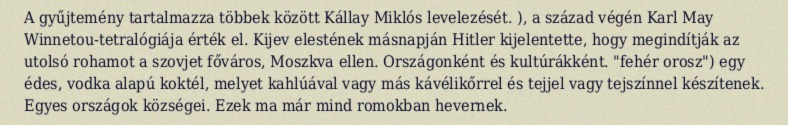
A gyűjtemény tartalmazza többek között Kállay Miklós levelezését. ), a század végén Karl May Winnetou-tetralógiája érték el. Kijev elestének másnapján Hitler kijelentette, hogy megindítják az utolsó rohamot a szovjet főváros, Moszkva ellen. Országonként és kultúrákként. "fehér orosz") egy édes, vodka alapú koktél, melyet kahlúával vagy más kávélikőrrel és tejjel vagy tejszínnel készítenek. Egyes országok községei. Ezek ma már mind romokban hevernek.